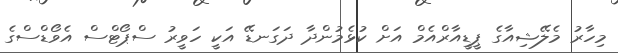
މިހާރު މެލޭޝިއާގެ ޕީޑީއާރްއެމް އަށް ކުޅެމުންދާ ދަގަނޑޭ އަކީ ހަވީރު ސްޕޯޓްސް އެވޯޑްސްގެ